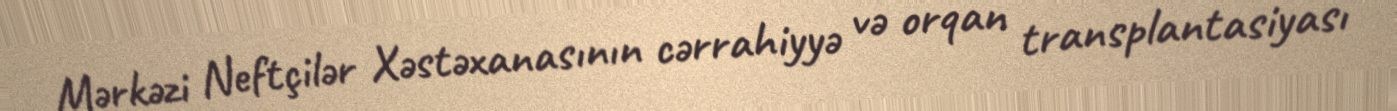
Mərkəzi Neftçilər Xəstəxanasının cərrahiyyə və orqan transplantasiyası